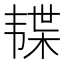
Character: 𱂊